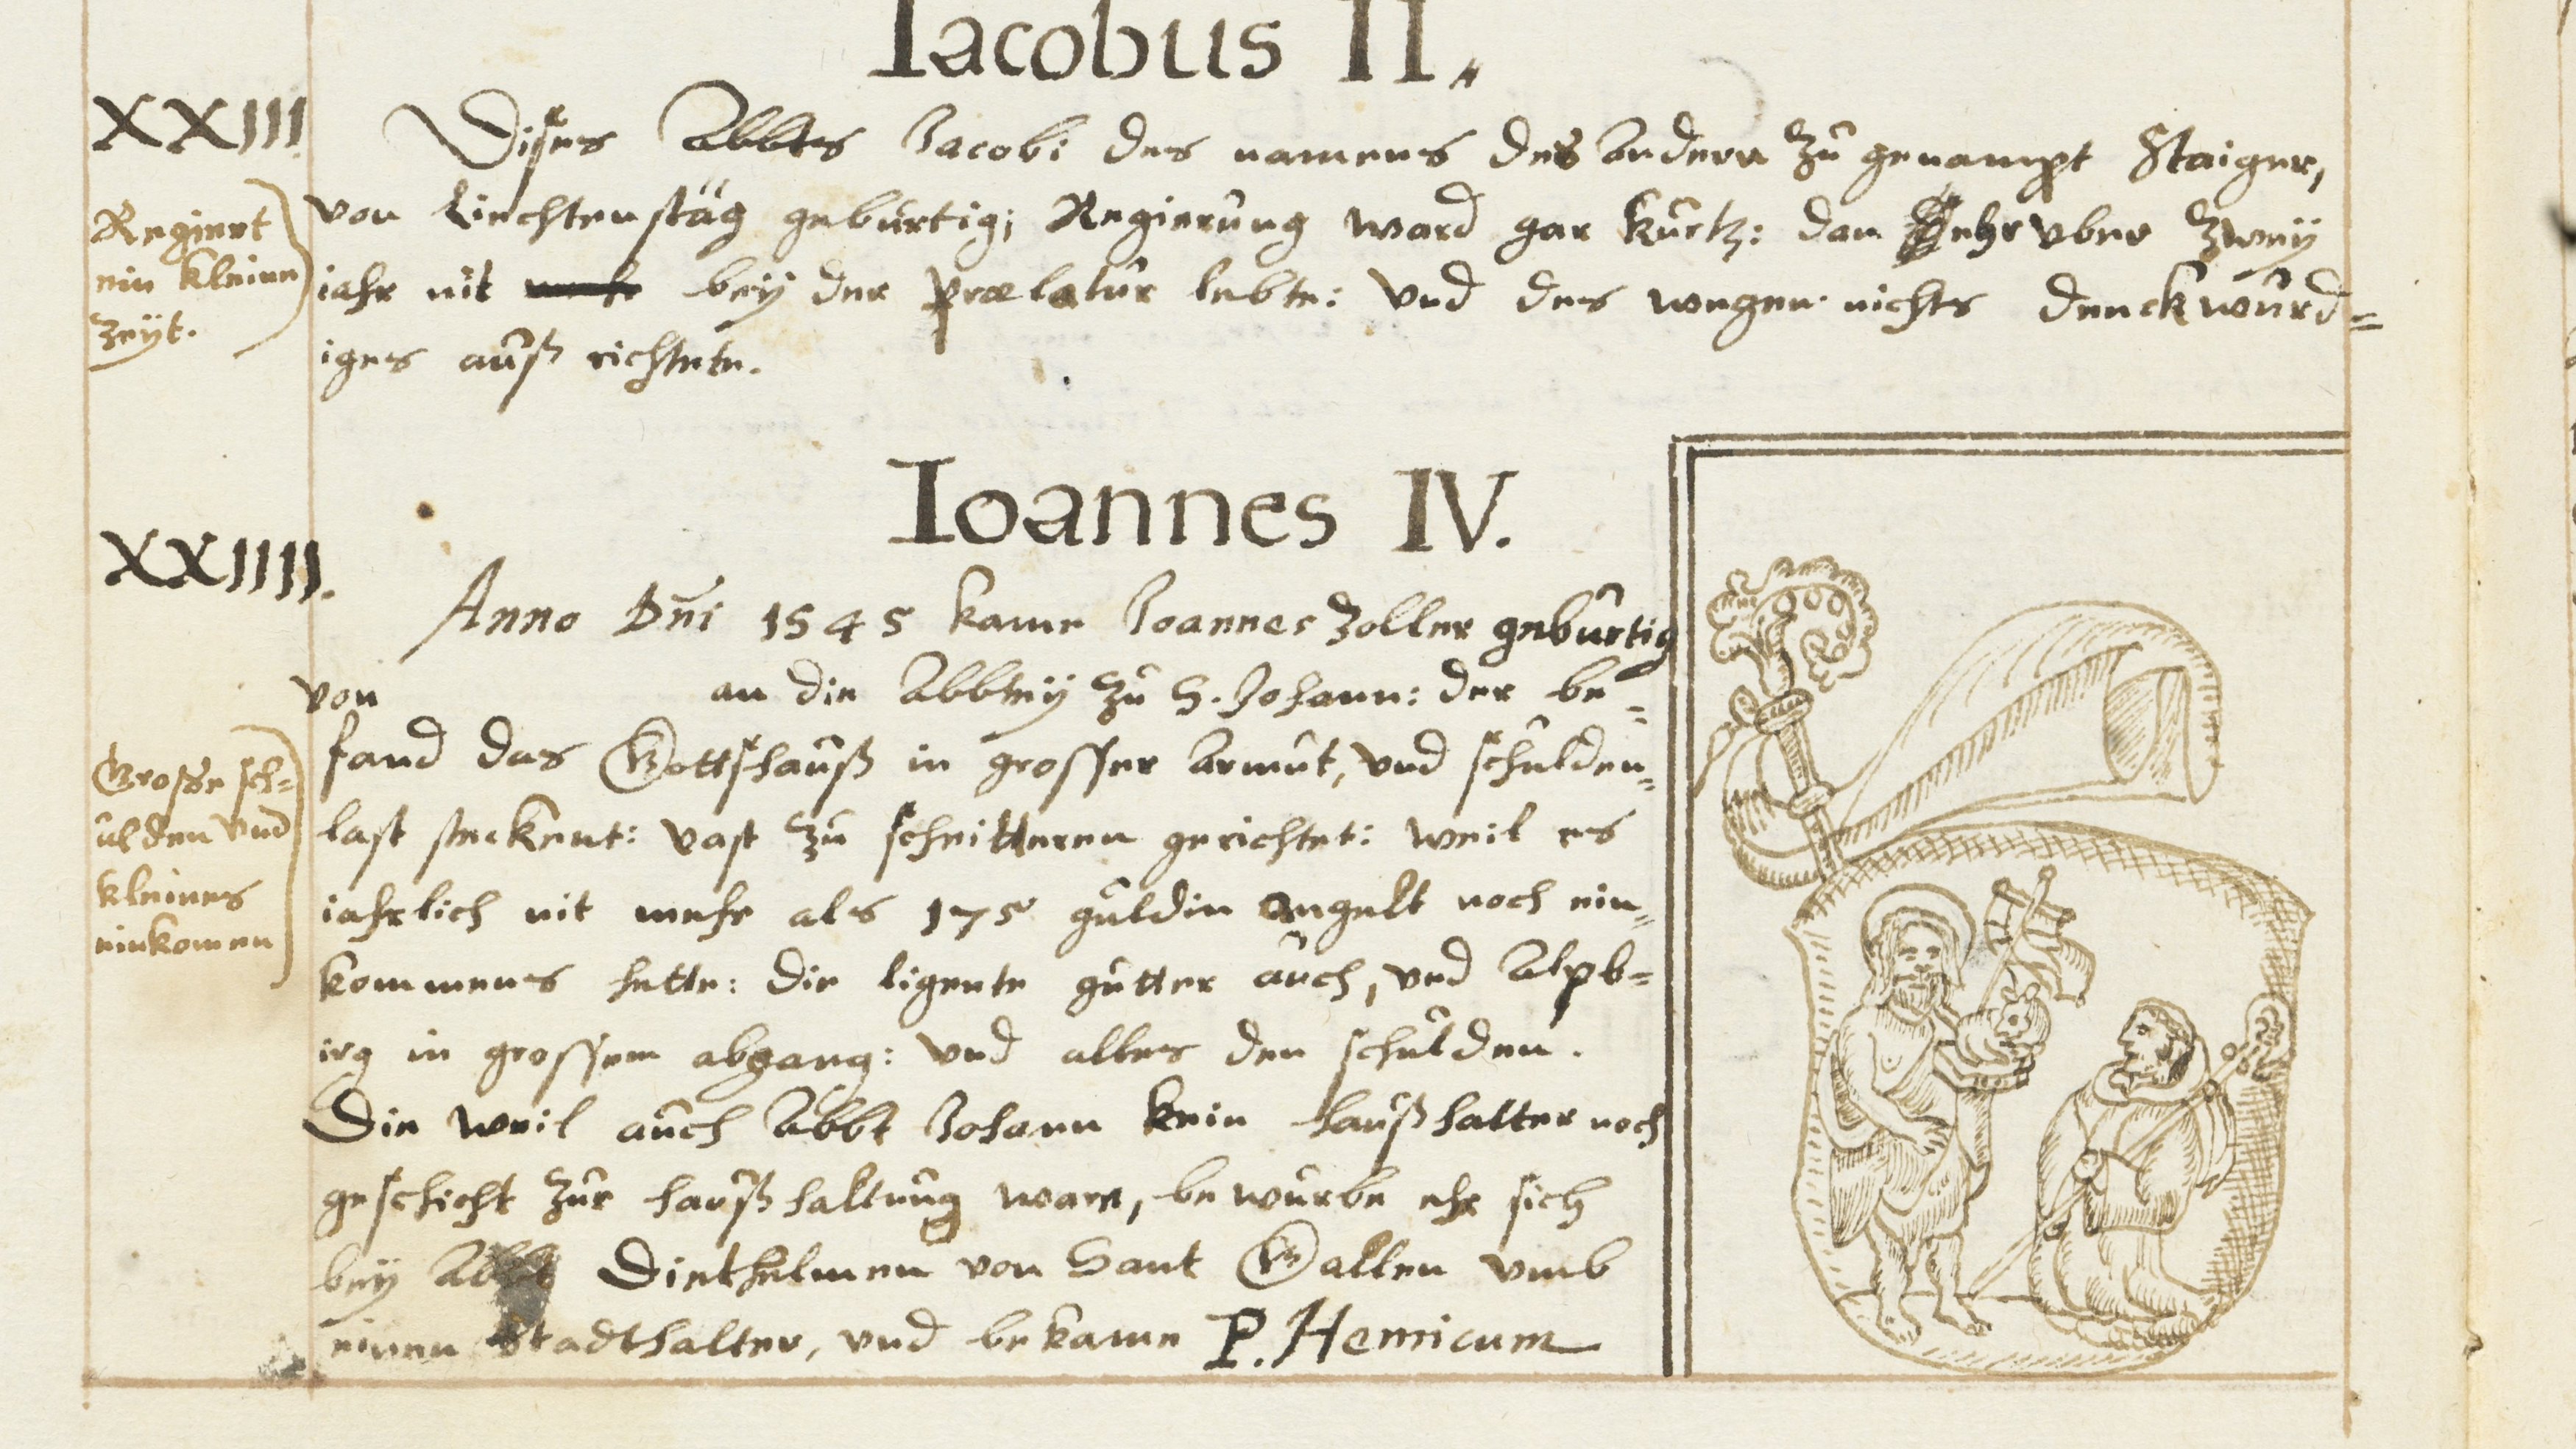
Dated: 1630–1680